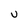
Character: U